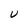
Character: U